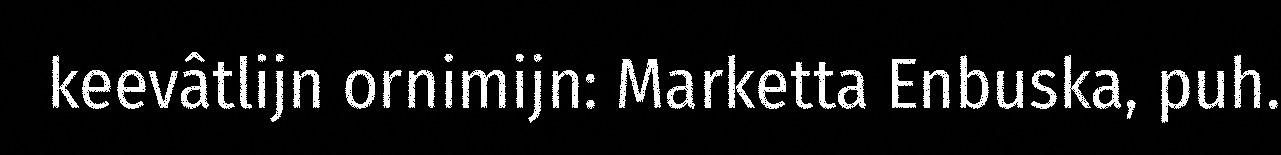
keevâtlijn ornimijn: Marketta Enbuska, puh.